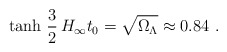
\begin{align*}\mathrm{tanh}\ \frac{3}{2}\, H_\infty t_0 = \sqrt{\Omega_\Lambda}\approx 0.84 \ . \end{align*}